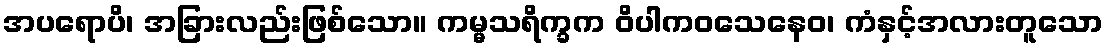
အပရောပိ၊ အခြားလည်းဖြစ်သော။ ကမ္မသရိက္ခက ဝိပါကဝသေနေဝ၊ ကံနှင့်အလားတူသော